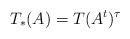
LaTeX: \begin{align*}T_\ast(A)= T(A^t)^\tau \end{align*}